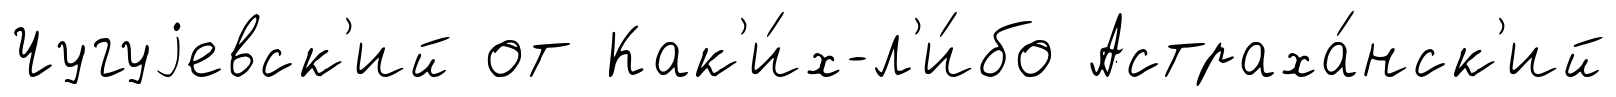
Чугуjевск'ий от Как'и́х-л'и́бо Астраха́нск'ий